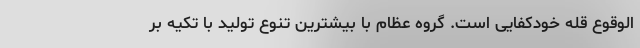
الوقوع قله خودکفایی است. گروه عظام با بیشترین تنوع تولید با تکیه بر